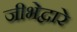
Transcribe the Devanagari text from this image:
जीभेद्वारे